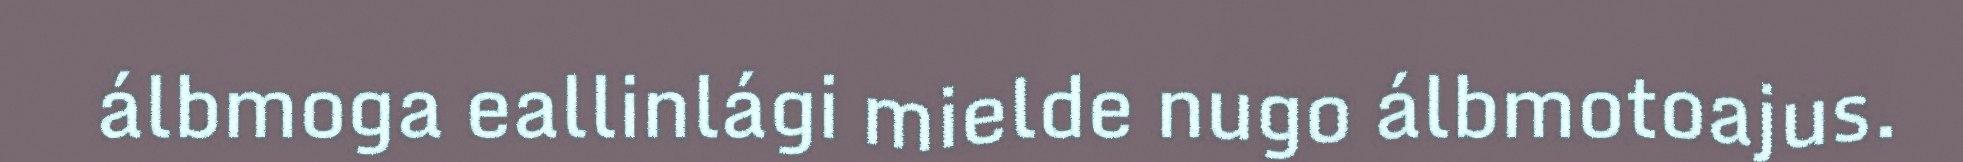
álbmoga eallinlági mielde nugo álbmotoajus.